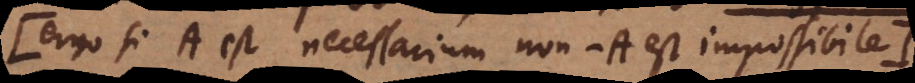
ergo si A est necessarium non-A est impossibile:)